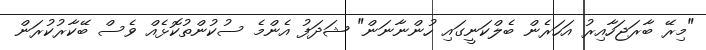
"މިރޭ ބާރަޖަހާއިރު އަހަރެން ބެލްކަނީގައި ހުންނާނަން" ޝަދަފު އެންމެ ސުކުންތުކޮޅެއް ވެސް ބޭކާރުކުރަން